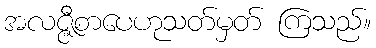
အလဇ္ဇီစာပေဟုသတ်မှတ် ကြသည်။